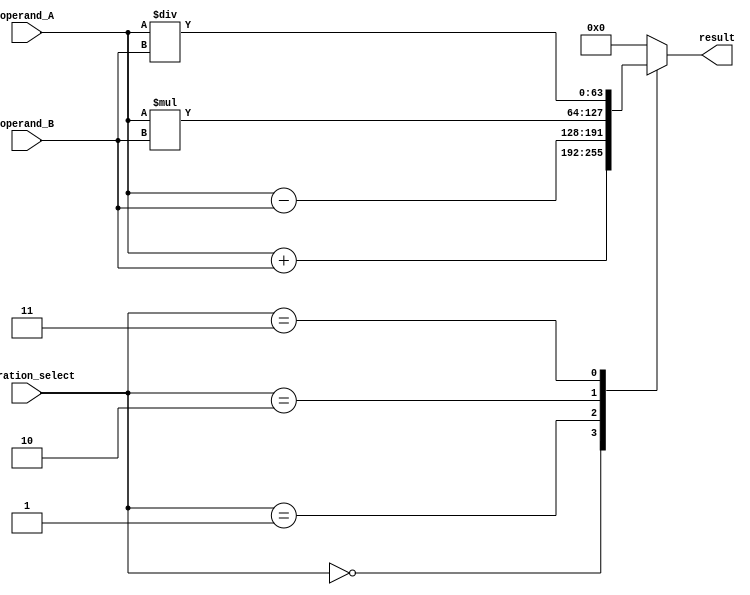
module double_precision_floating_point_unit (

    input wire [63:0] operand_A,
    input wire [63:0] operand_B,
    input wire [2:0] operation_select,
    output wire [63:0] result
);

reg [63:0] result_reg;

always @(operand_A, operand_B, operation_select) begin
    case(operation_select)
        3'b000: result_reg = operand_A + operand_B; // Addition
        3'b001: result_reg = operand_A - operand_B; // Subtraction
        3'b010: result_reg = operand_A * operand_B; // Multiplication
        3'b011: result_reg = operand_A / operand_B; // Division
        default: result_reg = 64'h0;
    endcase
end

assign result = result_reg;

endmodule